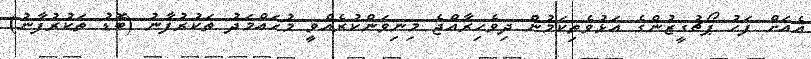
އެއަށް ފަހު ޕޯޗުގީޒުންގެ އަޅުވެތިކަމުން ދިވެހިރާއްޖެ މިނިވަންކުރެއްވީ މުޙައްމަދު ތަކުރުފާނު (ބޮޑު ތަކުރުފާނު)